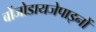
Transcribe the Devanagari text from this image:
बोंजोडायजेपाइनों